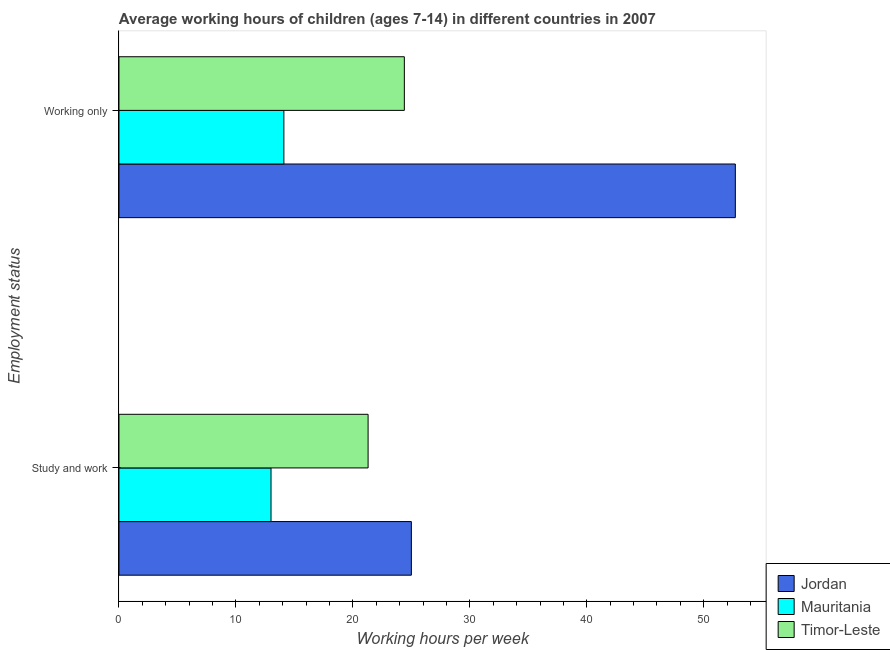
| Employment status | Jordan | Mauritania | Timor-Leste |
 | --- | --- | --- | --- |
 | Study and work | 25 | 13 | 21.3 |
 | Working only | 52.7 | 14.1 | 24.4 |